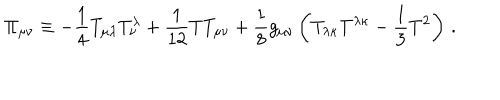
LaTeX: \Pi _ { \mu \nu } \equiv - { \frac { 1 } { 4 } } T _ { \mu \lambda } T _ { \nu } ^ { \lambda } + { \frac { 1 } { 1 2 } } T T _ { \mu \nu } + { \frac { 1 } { 8 } } g _ { \mu \nu } \left( T _ { \lambda \kappa } T ^ { \lambda \kappa } - { \frac { 1 } { 3 } } T ^ { 2 } \right) \, .